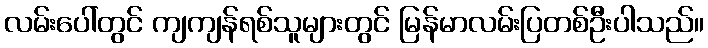
လမ်းပေါ်တွင် ကျကျန်ရစ်သူများတွင် မြန်မာလမ်းပြတစ်ဦးပါသည်။